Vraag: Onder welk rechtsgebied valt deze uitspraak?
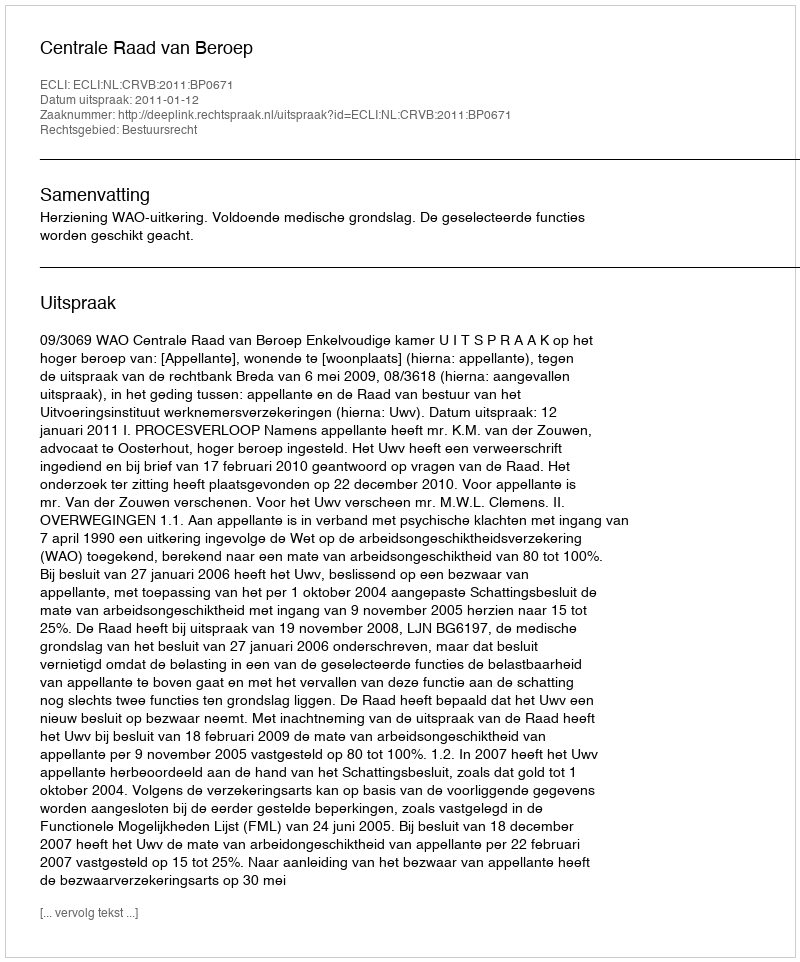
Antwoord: Bestuursrecht